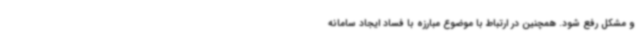
و مشکل رفع شود. همچنین در ارتباط با موضوع مبارزه با فساد ایجاد سامانه